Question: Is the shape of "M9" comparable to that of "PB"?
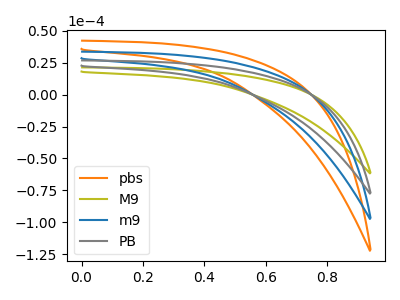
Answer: <think>The orange curve "pbs" has no peaks. The olive curve "M9" has no peaks. The blue curve "m9" has no peaks. The gray curve "PB" has no peaks.
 Neither "M9" or "PB" have any peaks.</think>
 <answer>"M9" and "PB" are similar in shape.</answer>
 <eval>same_shape</eval>